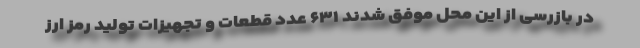
در بازرسی از این محل موفق شدند ۶۳۱ عدد قطعات و تجهیزات تولید رمز ارز